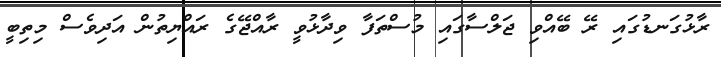
ރާޅުގަނޑުގައި ރޭ ބޭއްވި ޖަލްސާގައި މުސްތަފާ ވިދާޅުވީ ރާއްޖޭގެ ރައްޔިތުން އަދިވެސް މިތިބީ